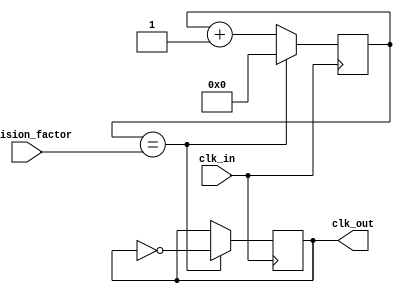
module floating_point_clock_divider (
    input wire clk_in,
    input wire [7:0] division_factor,
    output reg clk_out
);

reg [7:0] counter;
reg [7:0] divisor;

always @(posedge clk_in) begin
    counter <= counter + 1;

    if (counter == divisor) begin
        counter <= 0;
        clk_out <= ~clk_out; // Invert the output clock signal
    end
end

always @(*) begin
    divisor = division_factor;
end

endmodule